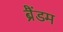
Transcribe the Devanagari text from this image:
ब्रैंडम